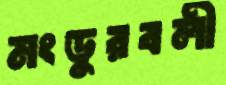
মংডুরবলী